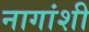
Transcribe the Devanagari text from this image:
नागांशी